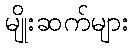
မျိုးဆက်များ